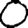
Digit: 0